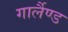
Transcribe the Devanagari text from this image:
गार्लैण्ड